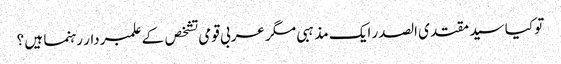
تو کیا سید مقتدی الصدر ایک مذہبی مگر عربی قومی تشخص کے علمبردار رہنما ہیں ؟